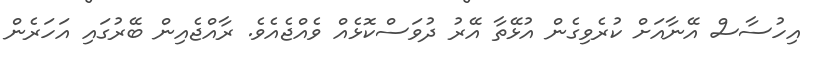
އިހުސާސް އޭނާއަށް ކުރެވިގެން އުޅޭތާ އޭރު ދުވަސްކޮޅެއް ވެއްޖެއެވެ. ރާއްޖެއިން ބޭރުގައި އަހަރެން